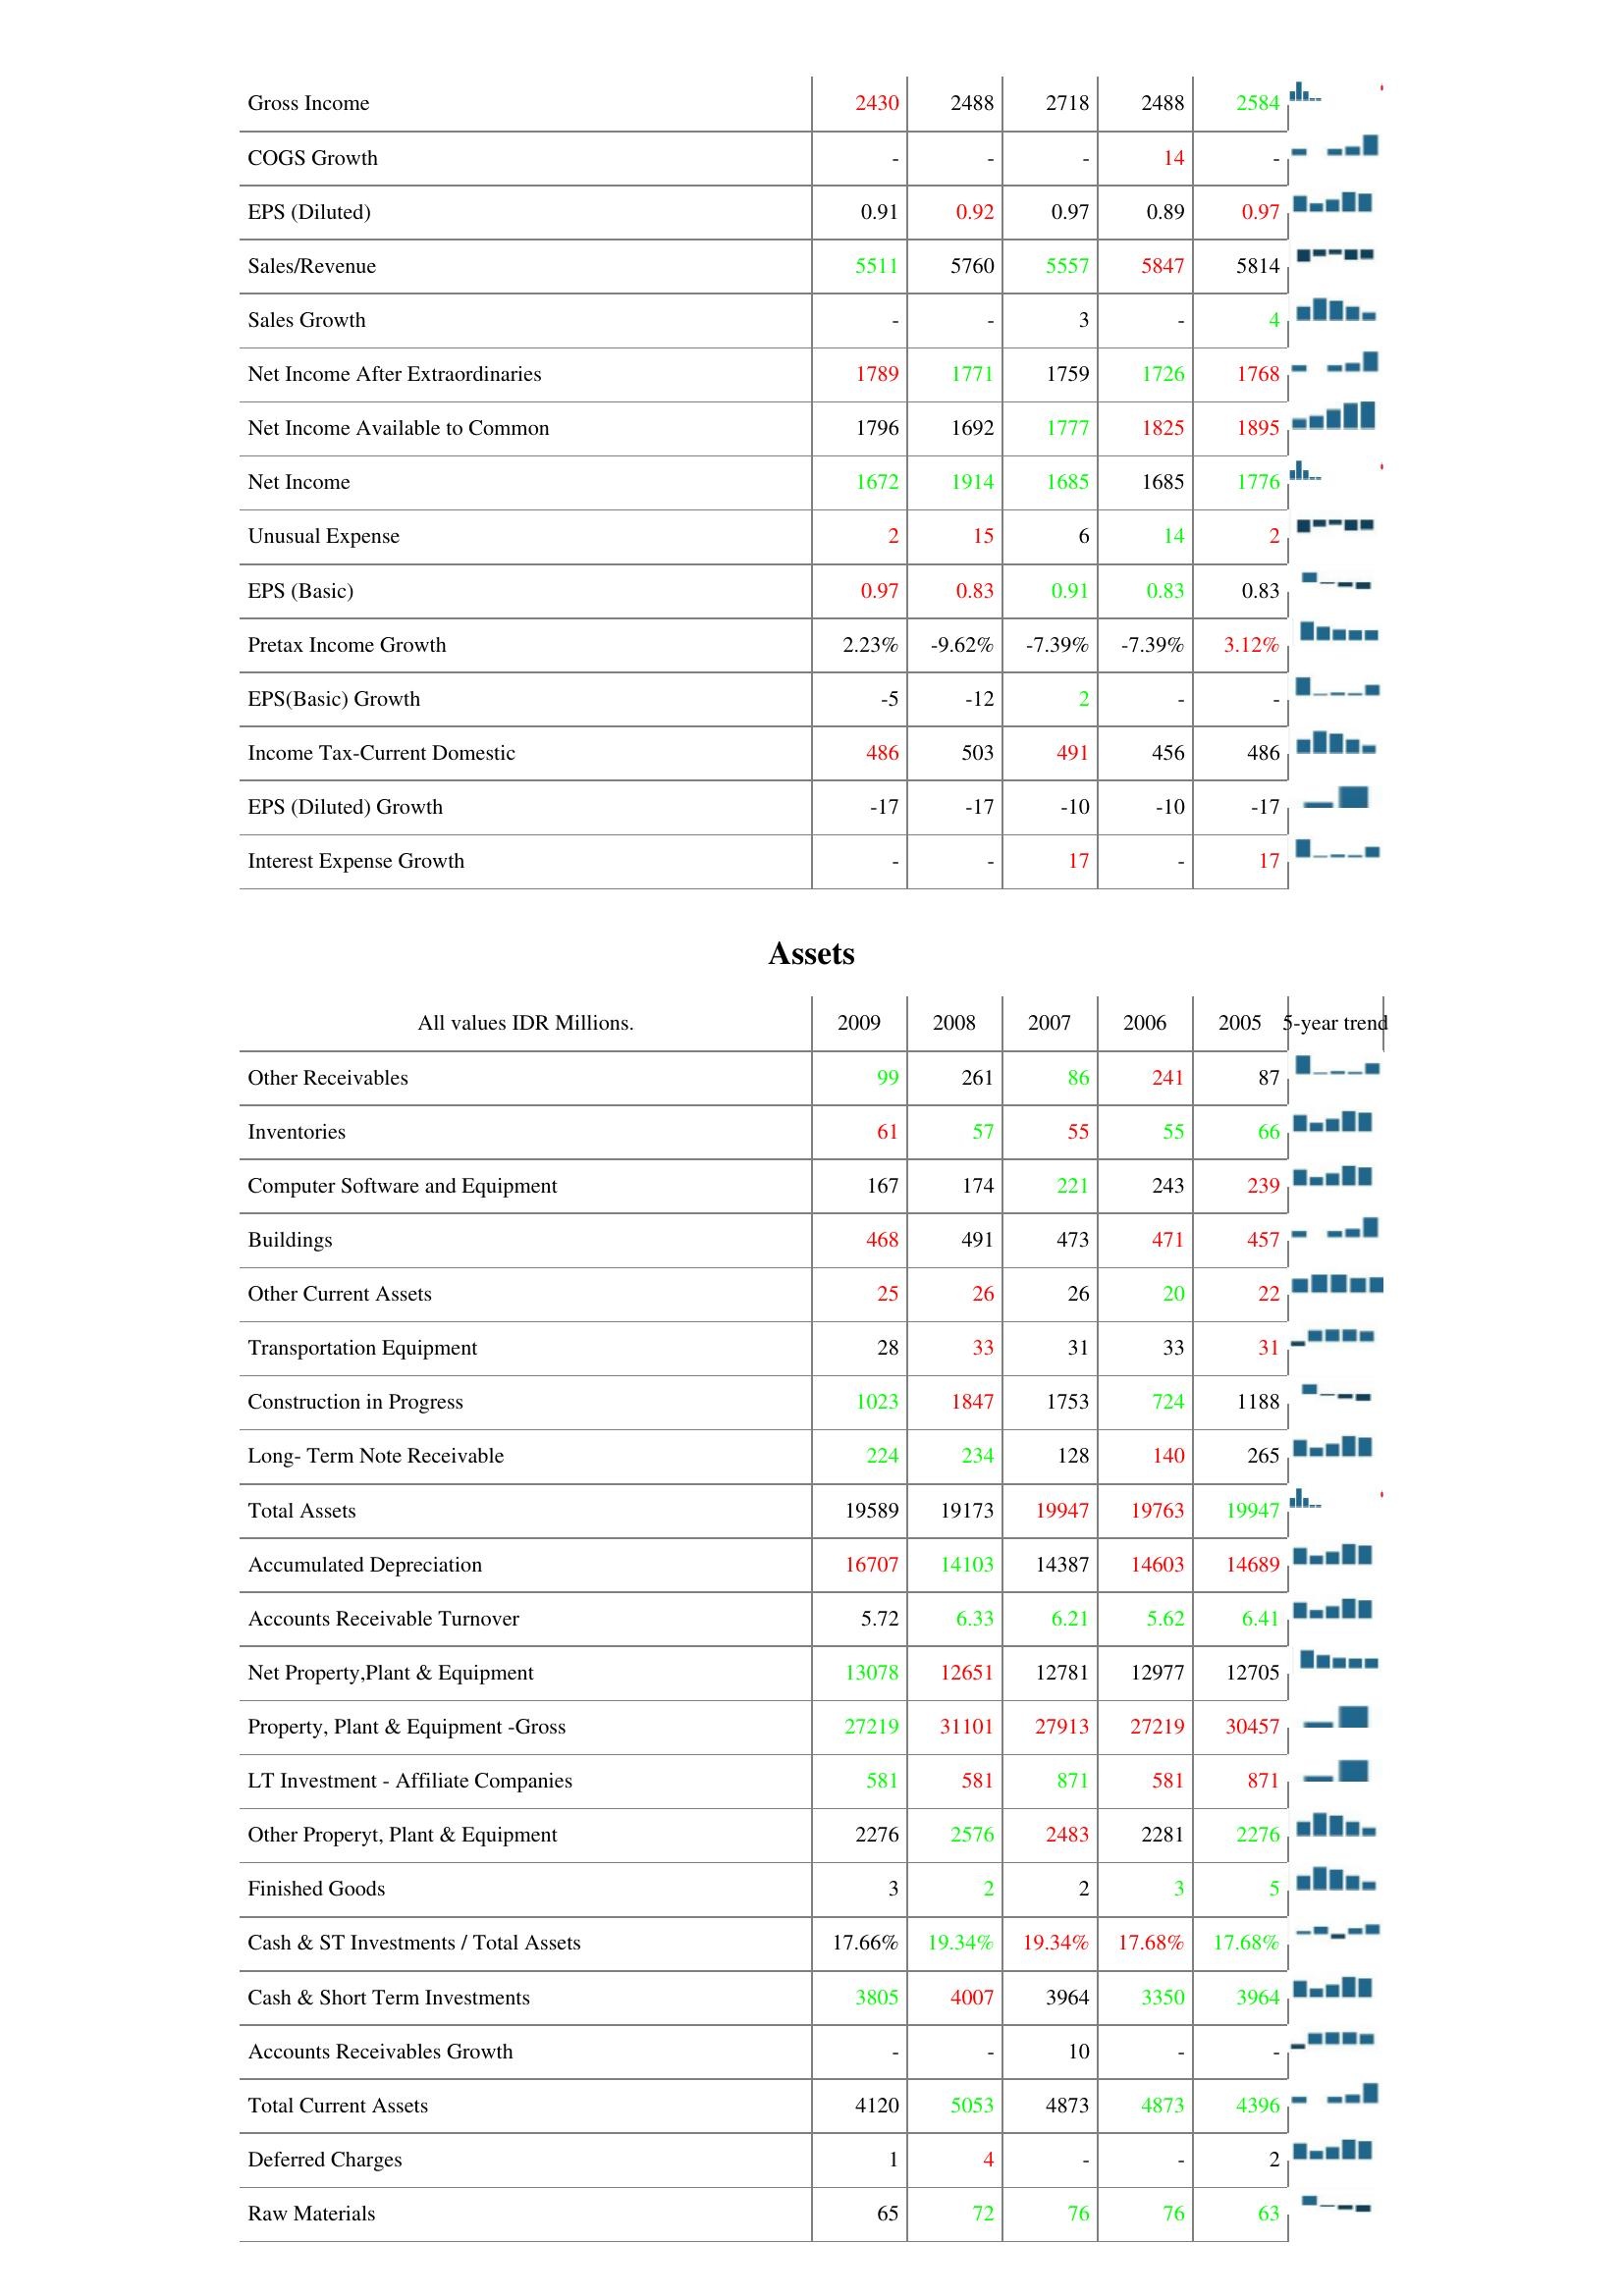
2009: : Gross Income: 2430
COGS Growth: -
EPS (Diluted): 0.91
Sales/Revenue: 5511
Sales Growth: -
Net Income After Extraordinaries: 1789
Net Income Available to Common: 1796
Net Income: 1672
Unusual Expense: 2
EPS (Basic): 0.97
Pretax Income Growth: 2.23%
EPS(Basic) Growth: -5
Income Tax-Current Domestic: 486
EPS (Diluted) Growth: -17
Interest Expense Growth: -
Assets: Other Receivables: 99
Inventories: 61
Computer Software and Equipment: 167
Buildings: 468
Other Current Assets: 25
Transportation Equipment: 28
Construction in Progress: 1023
Long- Term Note Receivable: 224
Total Assets: 19589
Accumulated Depreciation: 16707
Accounts Receivable Turnover: 5.72
Net Property,Plant & Equipment: 13078
Property, Plant & Equipment -Gross: 27219
LT Investment - Affiliate Companies: 581
Other Properyt, Plant & Equipment: 2276
Finished Goods: 3
Cash & ST Investments / Total Assets: 17.66%
Cash & Short Term Investments: 3805
Accounts Receivables Growth: -
Total Current Assets: 4120
Deferred Charges: 1
Raw Materials: 65
2008: : Gross Income: 2488
COGS Growth: -
EPS (Diluted): 0.92
Sales/Revenue: 5760
Sales Growth: -
Net Income After Extraordinaries: 1771
Net Income Available to Common: 1692
Net Income: 1914
Unusual Expense: 15
EPS (Basic): 0.83
Pretax Income Growth: -9.62%
EPS(Basic) Growth: -12
Income Tax-Current Domestic: 503
EPS (Diluted) Growth: -17
Interest Expense Growth: -
Assets: Other Receivables: 261
Inventories: 57
Computer Software and Equipment: 174
Buildings: 491
Other Current Assets: 26
Transportation Equipment: 33
Construction in Progress: 1847
Long- Term Note Receivable: 234
Total Assets: 19173
Accumulated Depreciation: 14103
Accounts Receivable Turnover: 6.33
Net Property,Plant & Equipment: 12651
Property, Plant & Equipment -Gross: 31101
LT Investment - Affiliate Companies: 581
Other Properyt, Plant & Equipment: 2576
Finished Goods: 2
Cash & ST Investments / Total Assets: 19.34%
Cash & Short Term Investments: 4007
Accounts Receivables Growth: -
Total Current Assets: 5053
Deferred Charges: 4
Raw Materials: 72
2007: : Gross Income: 2718
COGS Growth: -
EPS (Diluted): 0.97
Sales/Revenue: 5557
Sales Growth: 3
Net Income After Extraordinaries: 1759
Net Income Available to Common: 1777
Net Income: 1685
Unusual Expense: 6
EPS (Basic): 0.91
Pretax Income Growth: -7.39%
EPS(Basic) Growth: 2
Income Tax-Current Domestic: 491
EPS (Diluted) Growth: -10
Interest Expense Growth: 17
Assets: Other Receivables: 86
Inventories: 55
Computer Software and Equipment: 221
Buildings: 473
Other Current Assets: 26
Transportation Equipment: 31
Construction in Progress: 1753
Long- Term Note Receivable: 128
Total Assets: 19947
Accumulated Depreciation: 14387
Accounts Receivable Turnover: 6.21
Net Property,Plant & Equipment: 12781
Property, Plant & Equipment -Gross: 27913
LT Investment - Affiliate Companies: 871
Other Properyt, Plant & Equipment: 2483
Finished Goods: 2
Cash & ST Investments / Total Assets: 19.34%
Cash & Short Term Investments: 3964
Accounts Receivables Growth: 10
Total Current Assets: 4873
Deferred Charges: -
Raw Materials: 76
2006: : Gross Income: 2488
COGS Growth: 14
EPS (Diluted): 0.89
Sales/Revenue: 5847
Sales Growth: -
Net Income After Extraordinaries: 1726
Net Income Available to Common: 1825
Net Income: 1685
Unusual Expense: 14
EPS (Basic): 0.83
Pretax Income Growth: -7.39%
EPS(Basic) Growth: -
Income Tax-Current Domestic: 456
EPS (Diluted) Growth: -10
Interest Expense Growth: -
Assets: Other Receivables: 241
Inventories: 55
Computer Software and Equipment: 243
Buildings: 471
Other Current Assets: 20
Transportation Equipment: 33
Construction in Progress: 724
Long- Term Note Receivable: 140
Total Assets: 19763
Accumulated Depreciation: 14603
Accounts Receivable Turnover: 5.62
Net Property,Plant & Equipment: 12977
Property, Plant & Equipment -Gross: 27219
LT Investment - Affiliate Companies: 581
Other Properyt, Plant & Equipment: 2281
Finished Goods: 3
Cash & ST Investments / Total Assets: 17.68%
Cash & Short Term Investments: 3350
Accounts Receivables Growth: -
Total Current Assets: 4873
Deferred Charges: -
Raw Materials: 76
2005: : Gross Income: 2584
COGS Growth: -
EPS (Diluted): 0.97
Sales/Revenue: 5814
Sales Growth: 4
Net Income After Extraordinaries: 1768
Net Income Available to Common: 1895
Net Income: 1776
Unusual Expense: 2
EPS (Basic): 0.83
Pretax Income Growth: 3.12%
EPS(Basic) Growth: -
Income Tax-Current Domestic: 486
EPS (Diluted) Growth: -17
Interest Expense Growth: 17
Assets: Other Receivables: 87
Inventories: 66
Computer Software and Equipment: 239
Buildings: 457
Other Current Assets: 22
Transportation Equipment: 31
Construction in Progress: 1188
Long- Term Note Receivable: 265
Total Assets: 19947
Accumulated Depreciation: 14689
Accounts Receivable Turnover: 6.41
Net Property,Plant & Equipment: 12705
Property, Plant & Equipment -Gross: 30457
LT Investment - Affiliate Companies: 871
Other Properyt, Plant & Equipment: 2276
Finished Goods: 5
Cash & ST Investments / Total Assets: 17.68%
Cash & Short Term Investments: 3964
Accounts Receivables Growth: -
Total Current Assets: 4396
Deferred Charges: 2
Raw Materials: 63